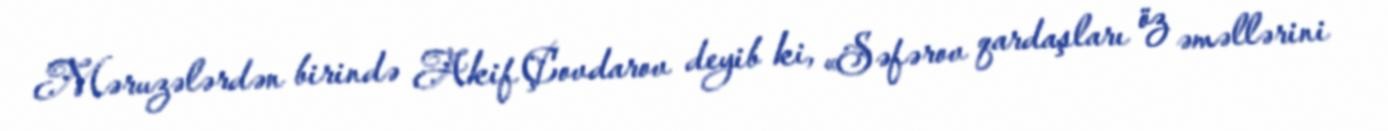
Məruzələrdən birində Akif Çovdarov deyib ki, «Səfərov qardaşları öz əməllərini